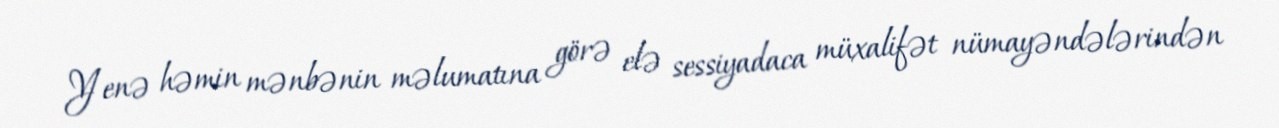
Yenə həmin mənbənin məlumatına görə elə sessiyadaca müxalifət nümayəndələrindən